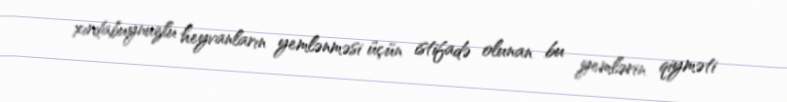
xırdabuynuzlu heyvanların yemlənməsi üçün istifadə olunan bu yemlərin qiyməti